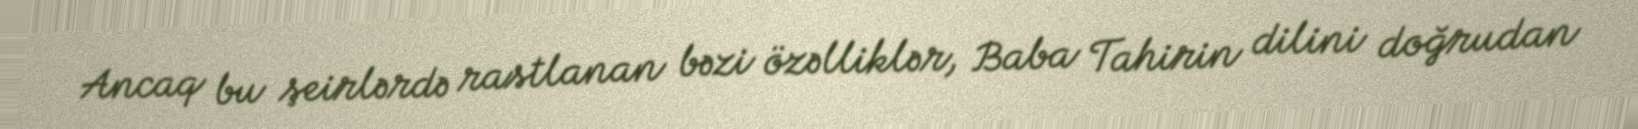
Ancaq bu şeirlərdə rastlanan bəzi özəlliklər, Baba Tahirin dilini doğrudan